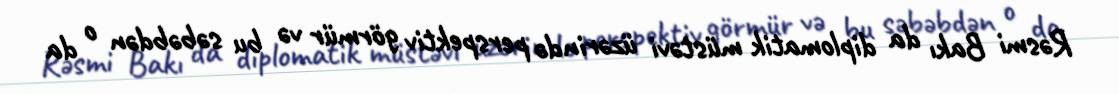
Rəsmi Bakı da diplomatik müstəvi üzərində perspektiv görmür və bu səbəbdən o da